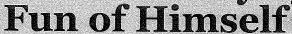
Fun of Himself